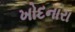
ખોદનારા